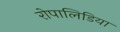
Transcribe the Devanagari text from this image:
रोपालिडिया